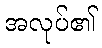
အလုပ်၏